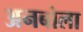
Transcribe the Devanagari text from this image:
अनबोला